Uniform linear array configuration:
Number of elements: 32
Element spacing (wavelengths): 0.75
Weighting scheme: blackman
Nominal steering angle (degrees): -60
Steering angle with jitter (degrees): -60.61
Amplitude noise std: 0.05
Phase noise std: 0.05

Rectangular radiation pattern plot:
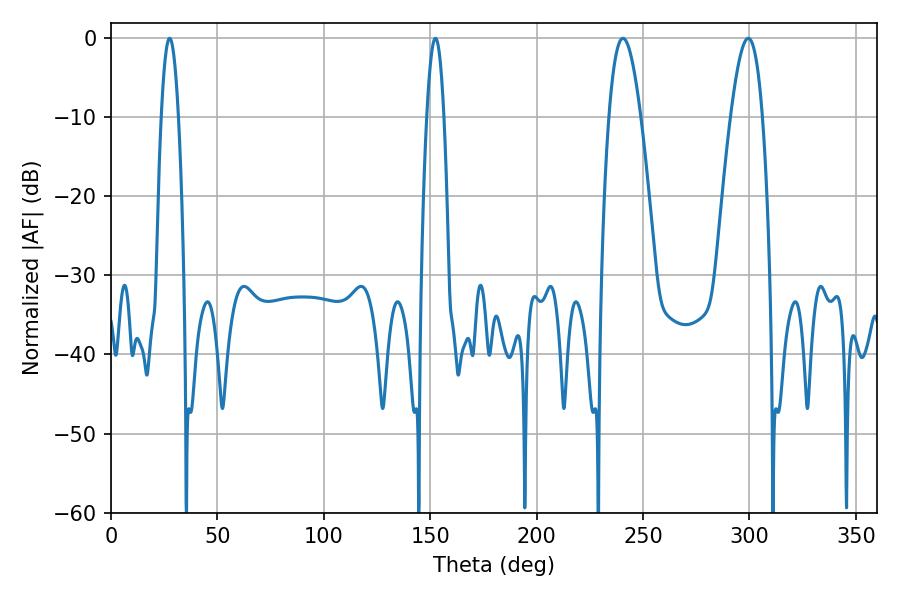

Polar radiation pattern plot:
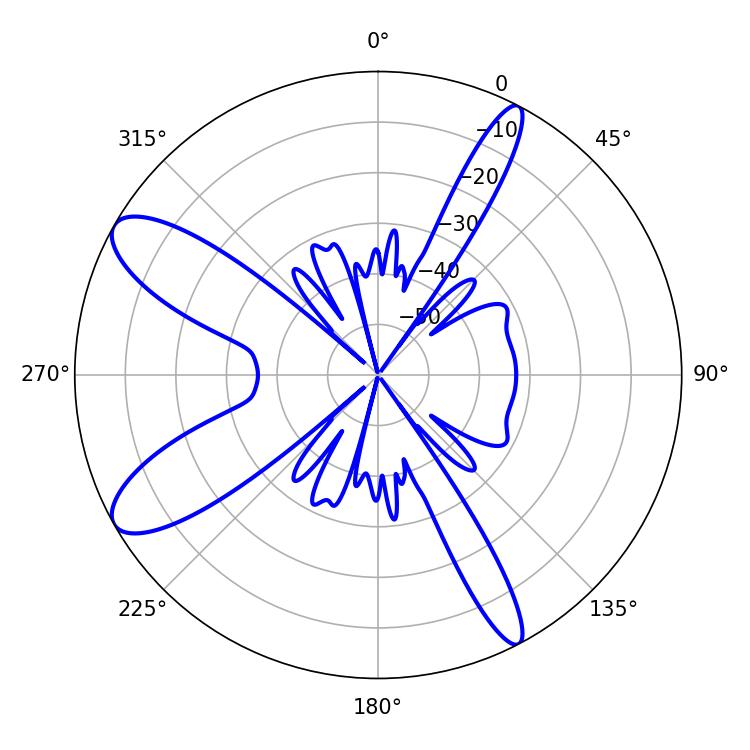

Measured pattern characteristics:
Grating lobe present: TRUE
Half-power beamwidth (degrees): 4.32
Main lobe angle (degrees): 27.54